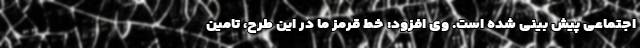
اجتماعی پیش بینی شده است. وی افزود: خط قرمز ما در این طرح، تامین